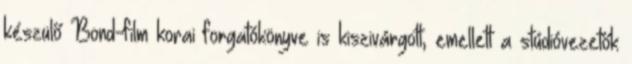
készülő Bond-film korai forgatókönyve is kiszivárgott, emellett a stúdióvezetők